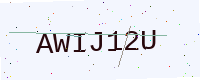
Text: AWIJ12U